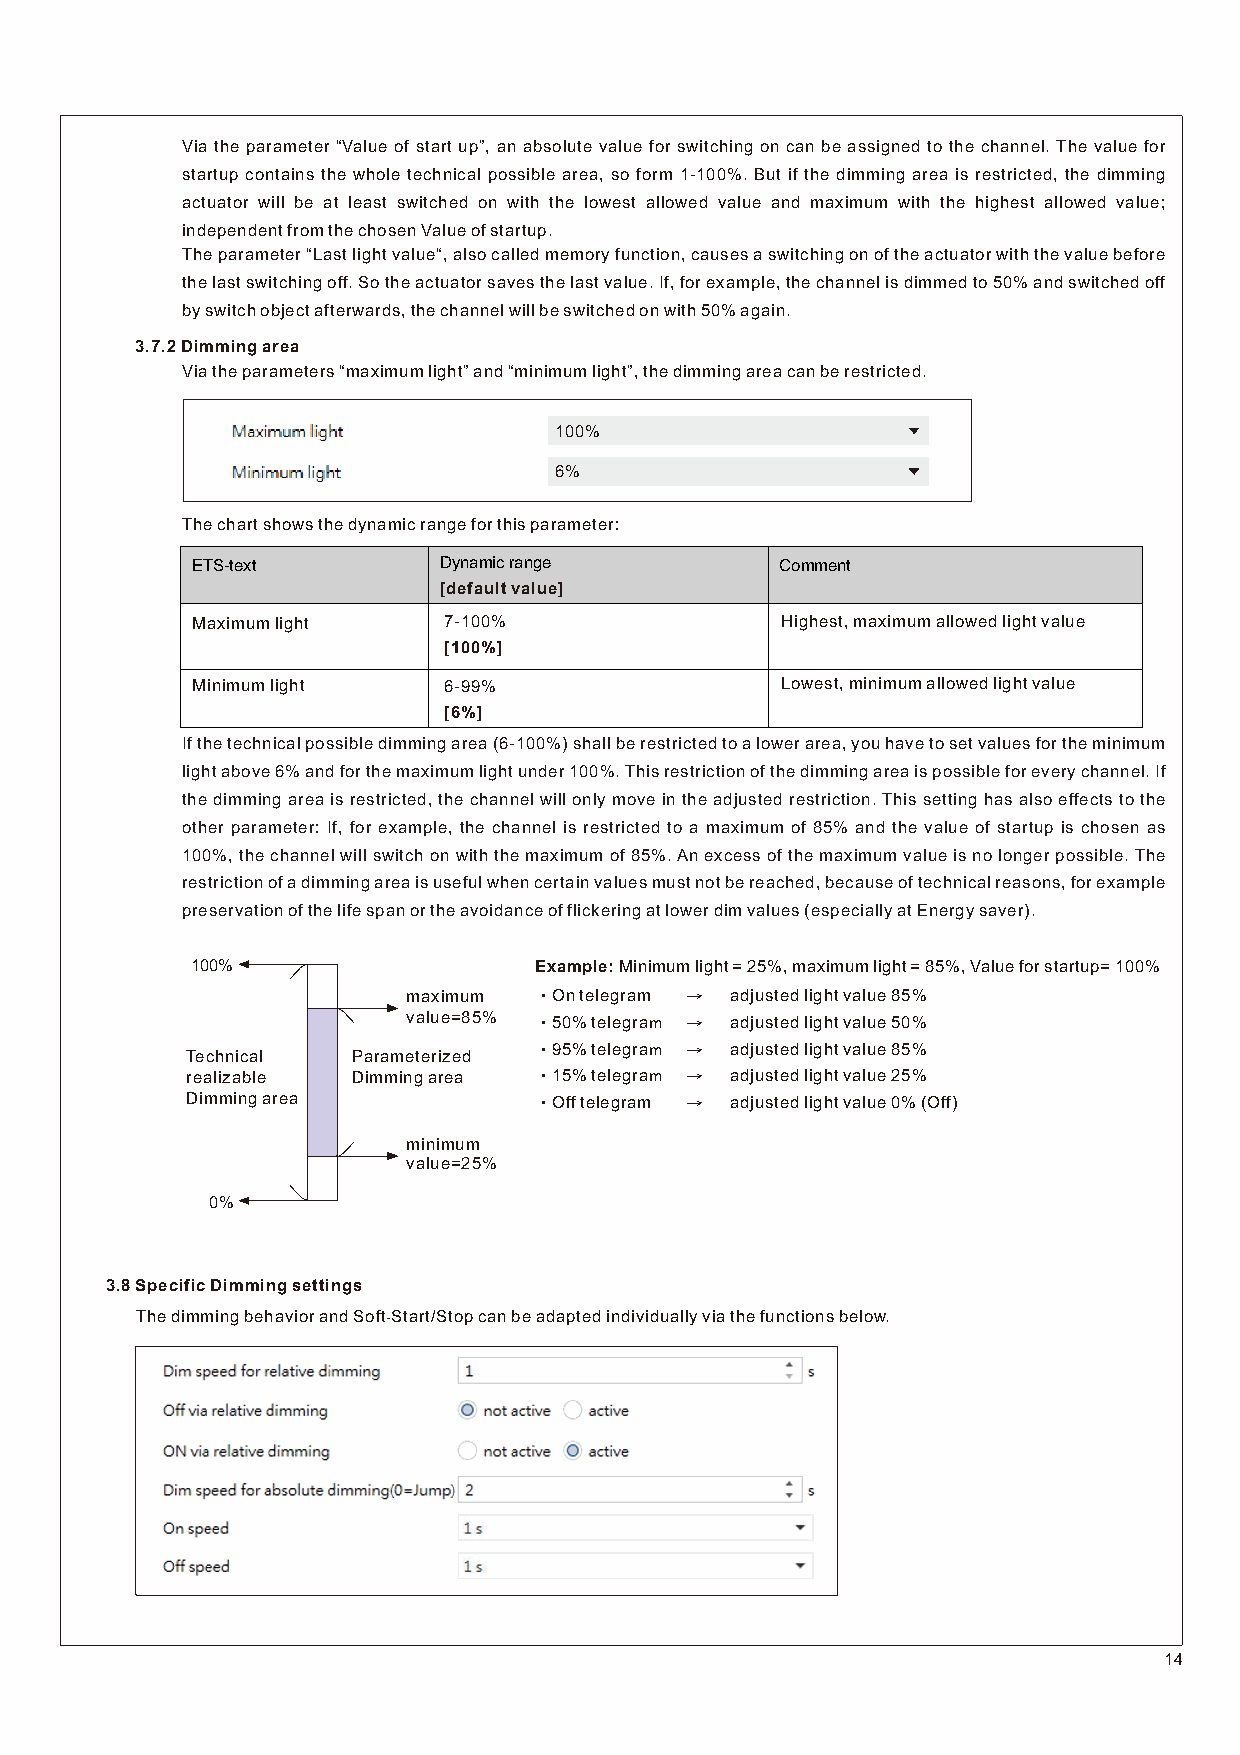
Via the parameter “Value of start up”, an absolute value for switching on can be assigned to the channel. The value for
 startup contains the whole technical possible area, so form 1-100%. But if the dimming area is restricted, the dimming
 actuator will be at least switched on with the lowest allowed value and maximum with the highest allowed value;
 independent from the chosen Value of startup.
 The parameter “Last light value“, also called memory function, causes a switching on of the actuator with the value before
 the last switching off. So the actuator saves the last value. If, for example, the channel is dimmed to 50% and switched off
 by switch object afterwards, the channel will be switched on with 50% again.
 3.7.2 Dimming area
 Via the parameters “maximum light” and “minimum light”, the dimming area can be restricted.
 100%
 6%
 The chart shows the dynamic range for this parameter:
 ETS-text        Dynamic range          Comment
 [default value]
 Maximum light   7-100%                 Highest, maximum allowed light value
 [100%]
 Minimum light   6-99%                  Lowest, minimum allowed light value
 [6%]
 If the technical possible dimming area (6-100%) shall be restricted to a lower area, you have to set values for the minimum
 light above 6% and for the maximum light under 100%. This restriction of the dimming area is possible for every channel. If
 the dimming area is restricted, the channel will only move in the adjusted restriction. This setting has also effects to the
 other parameter: If, for example, the channel is restricted to a maximum of 85% and the value of startup is chosen as
 100%, the channel will switch on with the maximum of 85%. An excess of the maximum value is no longer possible. The
 restriction of a dimming area is useful when certain values must not be reached, because of technical reasons, for example
 preservation of the life span or the a voidance of flickering at lower dim values (especially at Energy saver).
 100%                  Example: Minimum light = 25%, maximum light = 85%, Value for startup= 100%
 maximum ‧On telegram → adjusted light value 85%
 value=85% ‧50% telegram → adjusted light value 50%
 ‧95% telegram → adjusted light value 85%
 Technical  Parameterized
 realizable Dimming area ‧15% telegram → adjusted light value 25%
 Dimming area           ‧Off telegram → adjusted light value 0% (Off)
 minimum
 value=25%
 0%
 3.8 Specific Dimming settings
 The dimming behavior and Soft­Start/Stop can be adapted individually via the functions below.
 14